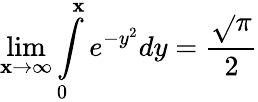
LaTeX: \lim\limits_{\mathbf{x}\rightarrow\infty}\int\limits_{0}^{\mathbf{x}}e^{-y^{2}}dy=\frac{{\sqrt{}{{\pi}}}}{{2}}